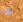
غذا